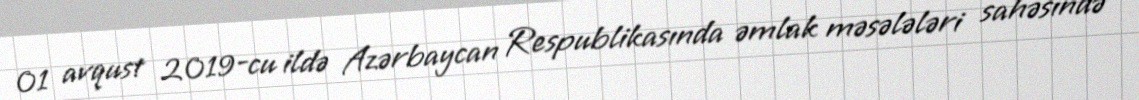
01 avqust 2019-cu ildə Azərbaycan Respublikasında əmlak məsələləri sahəsində